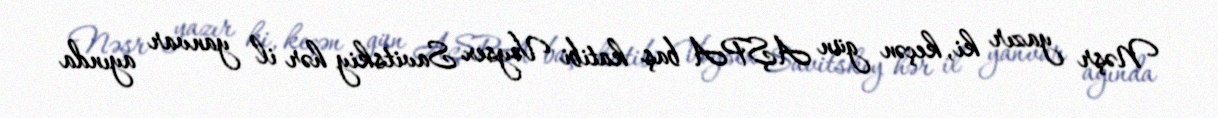
Nəşr yazır ki, keçən gün AŞPA baş katibi Voysex Savitskiy hər il yanvar ayında